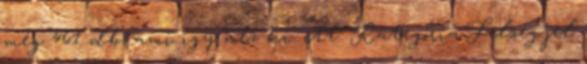
még 461 db, ami így néz ki. itt: Kategória:Felségjel